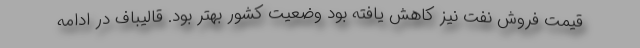
قیمت فروش نفت نیز کاهش یافته بود وضعیت کشور بهتر بود. قالیباف در ادامه